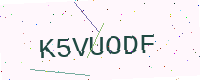
Text: K5VUODF